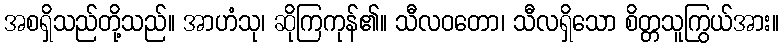
အစရှိသည်တို့သည်။ အာဟံသု၊ ဆိုကြကုန်၏။ သီလဝတော၊ သီလရှိသော စိတ္တသူကြွယ်အား။